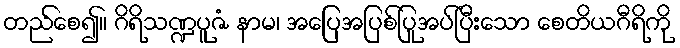
တည်စေ၍။ ဂိရိသဏ္ဍပူဇံ နာမ၊ အပြေအပြစ်ပြုအပ်ပြီးသော စေတိယဂီရိကို